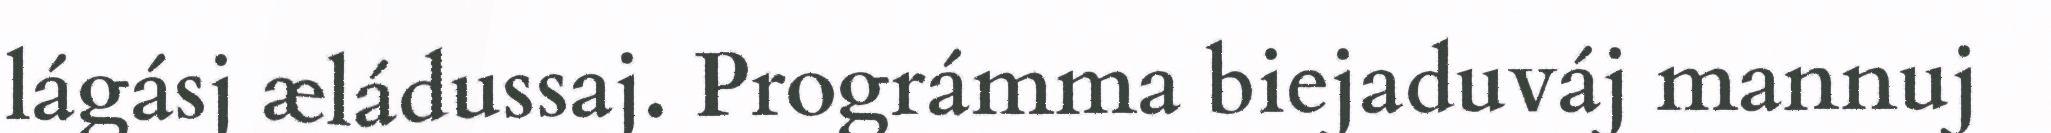
lágásj æládussaj. Prográmma biejaduváj mannuj